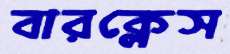
বারক্লেস